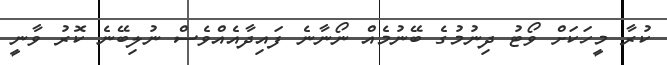
ކުރާ މީހަކަށް ވޯޓު ދިނުމުގެ ބޭނުމެއް ނޯނާނެ ފައިދާއެއްވެސް ނުލިބޭނެ ކޮރު ވާނީ